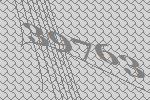
39763